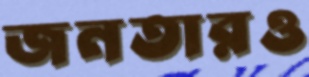
জনতারও